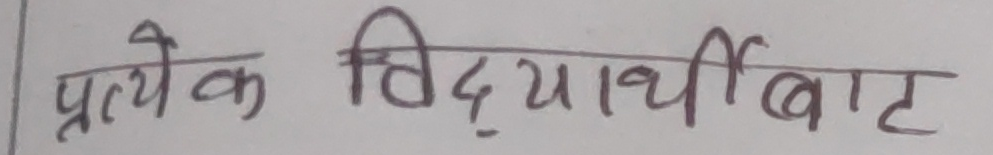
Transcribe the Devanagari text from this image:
प्रत्येक विद्यार्थी बाट